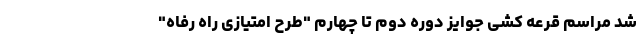
شد مراسم قرعه کشی جوایز دوره دوم تا چهارم "طرح امتیازی راه رفاه"